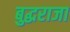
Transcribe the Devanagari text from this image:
बुद्धराजा